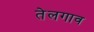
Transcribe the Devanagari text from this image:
तेलगाव